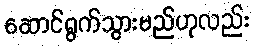
ဆောင်ရွက်သွားမည်ဟုလည်း